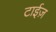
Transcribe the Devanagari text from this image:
टाईज़